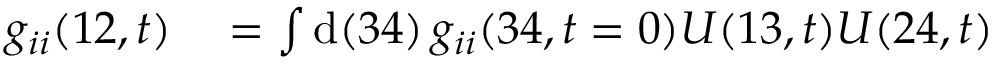
\begin{array} { r l } { g _ { i i } ( 1 2 , t ) } & { { } = \int \mathrm { d } ( 3 4 ) \, g _ { i i } ( 3 4 , t = 0 ) U ( 1 3 , t ) U ( 2 4 , t ) } \end{array}